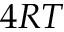
4 R T